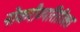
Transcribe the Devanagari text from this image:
नोकरीव्यतिरिक्त